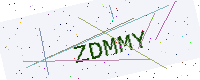
Text: ZDMMY